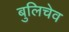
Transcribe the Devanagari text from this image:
बुलिचेव